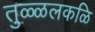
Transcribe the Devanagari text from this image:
तुळ्ळलकळि